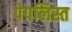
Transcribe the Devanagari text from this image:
पेपलिस्त